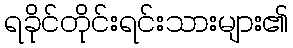
ရခိုင်တိုင်းရင်းသားများ၏